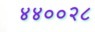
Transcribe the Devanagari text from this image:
४४००२८